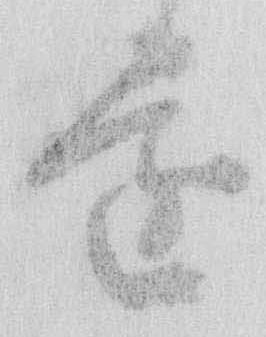
遠